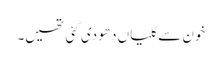
خون سے گلیاں دھو دی گئی تھیں۔